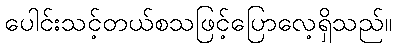
ပေါင်းသင့်တယ်စသဖြင့်ပြောလေ့ရှိသည်။